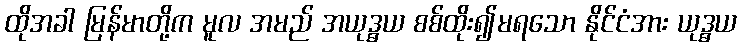
ထိုအခါ မြန်မာတို့က မူလ အမည် အယုဒ္ဓယ စစ်ထိုး၍မရသော နိုင်ငံအား ယုဒ္ဓယ